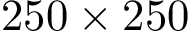
2 5 0 \times 2 5 0